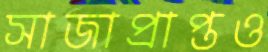
সাজাপ্রাপ্তও